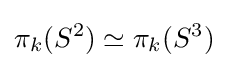
\pi _{k}(S^{2})\simeq \pi _{k}(S^{3})